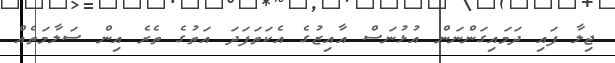
ޖިލާ ފައި ދަމައިގަންނަން އުޅުނަސް އާއިޒުގެ އެކަތަފަދަ އަތުގެ ތެރެ އިން ސަލާމަތެއް